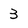
Character: 3